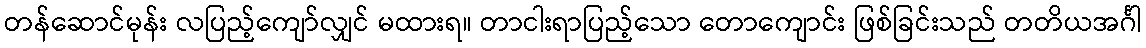
တန်ဆောင်မုန်း လပြည့်ကျော်လျှင် မထားရ။ တာငါးရာပြည့်သော တောကျောင်း ဖြစ်ခြင်းသည် တတိယအင်္ဂါ